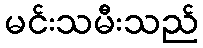
မင်းသမီးသည်